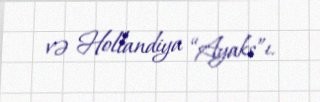
və Hollandiya “Ayaks”ı.